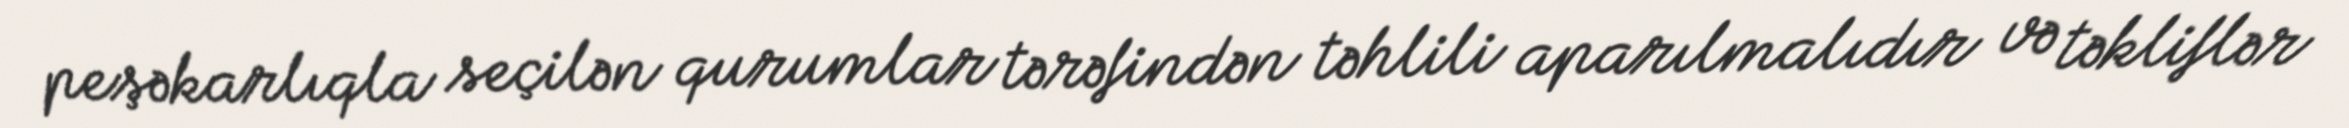
peşəkarlıqla seçilən qurumlar tərəfindən təhlili aparılmalıdır və təkliflər